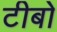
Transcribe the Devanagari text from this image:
टीबो